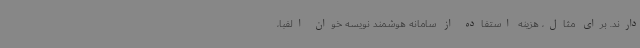
دارند. برای مثال، هزینه استفاده از سامانه هوشمند نویسه خوان الفبا،